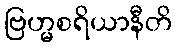
ဗြဟ္မစရိယာနီတိ